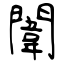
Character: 闈